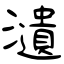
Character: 瀢